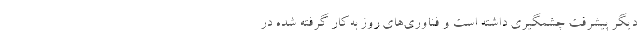
دیگر پیشرفت چشمگیری داشته است و فناوری‌های روز به‌کار گرفته شده در